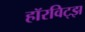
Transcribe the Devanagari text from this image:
हॉरविट्झ